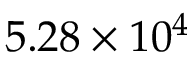
5 . 2 8 \times 1 0 ^ { 4 }